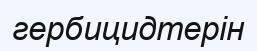
гербицидтерін